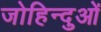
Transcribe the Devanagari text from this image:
जोहिन्दुओं